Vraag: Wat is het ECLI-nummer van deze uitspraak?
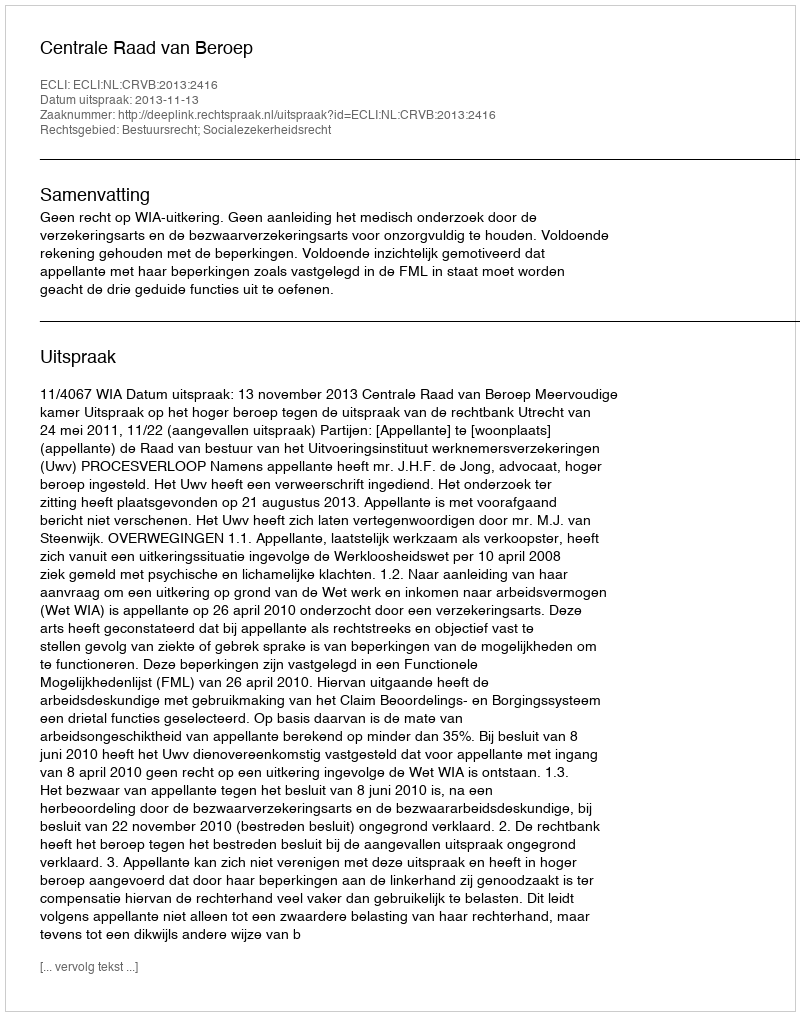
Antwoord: ECLI:NL:CRVB:2013:2416